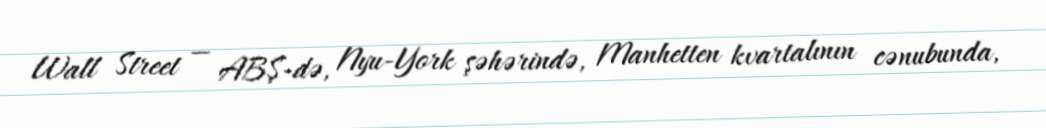
Wall Street — ABŞ-də, Nyu-York şəhərində, Manhetten kvartalının cənubunda,